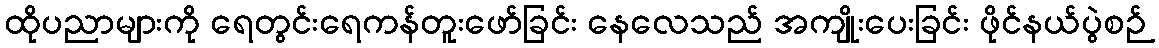
ထိုပညာများကို ရေတွင်းရေကန်တူးဖော်ခြင်း နေလေသည် အကျိုးပေးခြင်း ဖိုင်နယ်ပွဲစဉ်